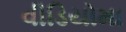
વીડિયોમા